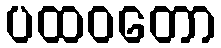
ပထဝတော